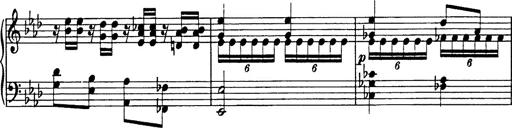
Title: 8 Variations
Composer: Franz Liszt
Key: A-flat major